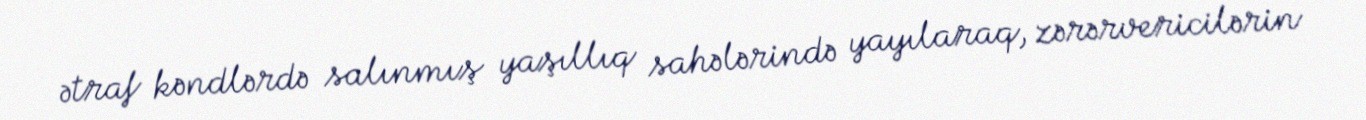
ətraf kəndlərdə salınmış yaşıllıq sahələrində yayılaraq, zərərvericilərin